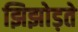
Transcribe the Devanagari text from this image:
झिझोड़ते